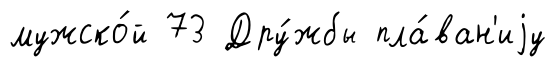
мужско́й 73 Дру́жбы пла́ван'иjу